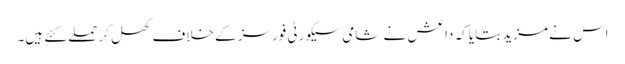
اس نے مزید بتایا کہ داعش نے شامی سیکورٹی فورسز کے خلاف کھل کر حملے کئے ہیں۔